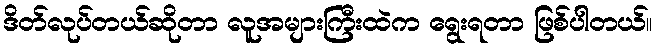
ဒိတ်လုပ်တယ်ဆိုတာ လူအများကြီးထဲက ရွေးရတာ ဖြစ်ပါတယ်။